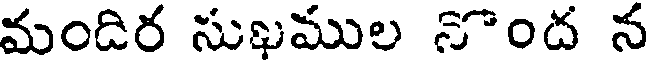
మందిర సుఖముల నొంద న